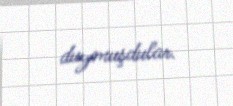
duymuşdular.